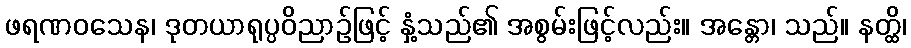
ဖရဏဝသေန၊ ဒုတယာရုပ္ပဝိညာဉ်ဖြင့် နှံ့သည်၏ အစွမ်းဖြင့်လည်း။ အန္တော၊ သည်။ နတ္ထိ၊